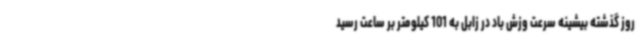
روز گذشته بیشینه سرعت وزش باد در زابل به 101 کیلومتر بر ساعت رسید